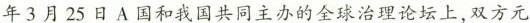
年3月25日A国和我国共同主办的全球治理论坛上，双方元